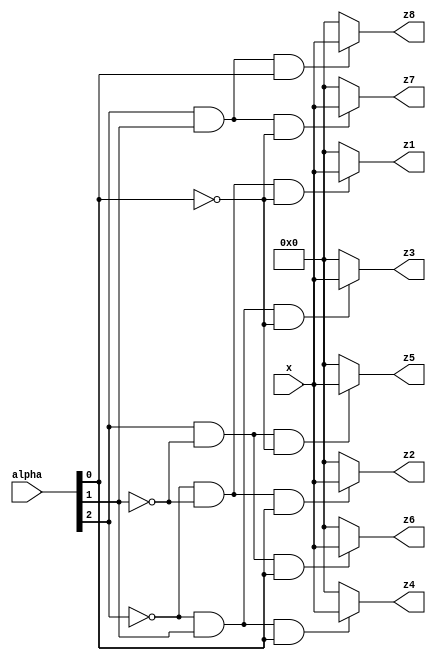
module selezionatore_8vie_nbit(z1, z2, z3, z4, z5, z6, z7, z8, x, alpha);

	parameter N = 31;
	input [N-1:0]x;
	output [N-1:0]z1;
	output [N-1:0]z2;
	output [N-1:0]z3;
	output [N-1:0]z4;
	output [N-1:0]z5;
	output [N-1:0]z6;
	output [N-1:0]z7;
	output [N-1:0]z8;
	input  [2:0]alpha;

	assign #1 z1 = (((~alpha[2]) & (~alpha[1]) & (~alpha[0])) ? x : 0);
	assign #1 z2 = (((~alpha[2]) & (~alpha[1]) & alpha[0]) ? x : 0);
	assign #1 z3 = (((~alpha[2]) & alpha[1] & (~alpha[0])) ? x : 0);
	assign #1 z4 = (((~alpha[2]) & alpha[1] & alpha[0]) ? x : 0);
	assign #1 z5 = ((alpha[2] & (~alpha[1]) & (~alpha[0])) ? x : 0);
	assign #1 z6 = ((alpha[2] & (~alpha[1]) & alpha[0]) ? x : 0);
	assign #1 z7 = ((alpha[2] & alpha[1] & (~alpha[0])) ? x : 0);
	assign #1 z8 = ((alpha[2] & alpha[1] & alpha[0]) ? x : 0);

endmodule